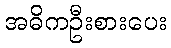
အဓိကဦးစားပေး